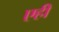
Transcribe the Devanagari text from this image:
एही